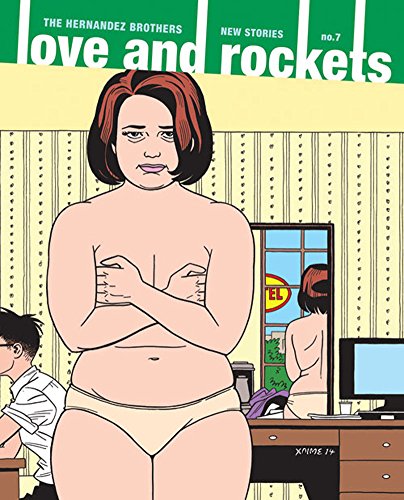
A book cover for Love And Rockets: New Stories No. 7 (Vol. 7)  (Love and Rockets); Gilbert Hernandez; Gay & Lesbian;